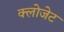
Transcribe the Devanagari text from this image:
क्लोजेट